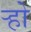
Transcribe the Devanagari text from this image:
र्‍हो